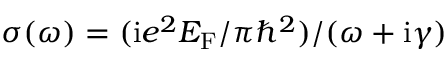
\sigma ( \omega ) = ( \mathrm { i } e ^ { 2 } E _ { \mathrm { F } } / \pi \hbar ^ { 2 } ) / ( \omega + \mathrm { i } \gamma )